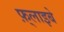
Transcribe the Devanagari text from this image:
फ़्लाइबे